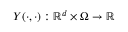
Y ( \cdot , \cdot ) : \mathbb { R } ^ { d } \times \Omega \rightarrow \mathbb { R }